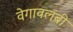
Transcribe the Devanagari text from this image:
वेगावलंबी